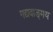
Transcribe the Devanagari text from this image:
गद्यवाङ्‌मय